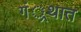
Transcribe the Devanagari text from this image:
गं्रथात